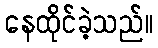
နေထိုင်ခဲ့သည်။